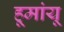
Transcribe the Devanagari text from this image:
हूमांयू